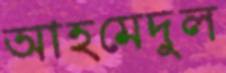
আহমেদুুল